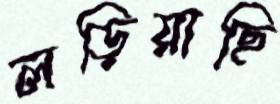
লড়িয়াছি